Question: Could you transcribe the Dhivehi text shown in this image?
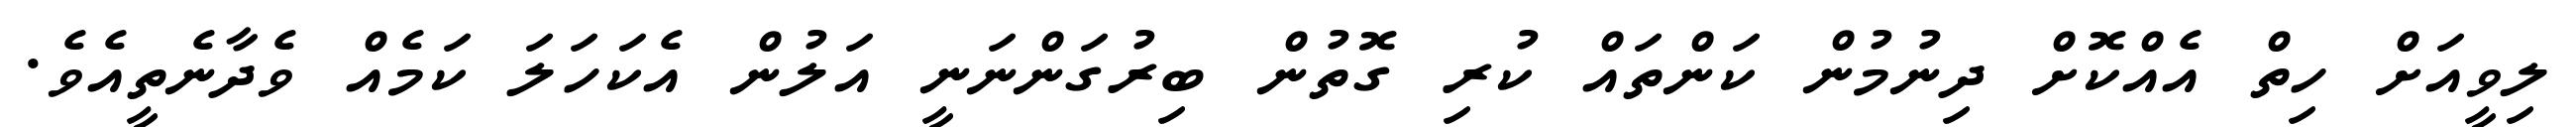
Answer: ލިވީއަށް ހިތް އެއްކޮށް ދިނުމުން ކަންތައް ކުރި ގޮތުން ބިރުގަންނަނީ އަލުން އެކަހަލަ ކަމެއް ވެދާނެތީއެވެ.